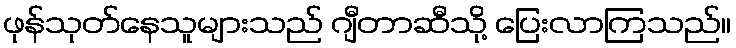
ဖုန်သုတ်နေသူများသည် ဂျီတာဆီသို့ ပြေးလာကြသည်။